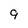
Character: 9